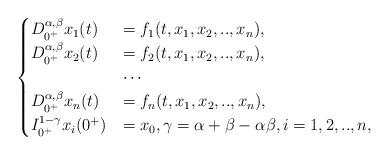
LaTeX: \begin{align*}\begin{cases}D_{0^+}^{\alpha,\beta}x_{1}(t)&=f_{1}(t,x_{1},x_{2},..,x_{n}), \\D_{0^+}^{\alpha,\beta}x_{2}(t)&=f_{2}(t,x_{1},x_{2},..,x_{n}), \\&\cdots\\D_{0^+}^{\alpha,\beta}x_{n}(t)&=f_{n}(t,x_{1},x_{2},..,x_{n}), \\I_{0^+}^{1-\gamma}x_{i}(0^+)&=x_0, \gamma=\alpha+\beta-\alpha\beta, i=1,2,..,n,\end{cases}\end{align*}